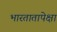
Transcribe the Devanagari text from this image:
भारतातापेक्षा